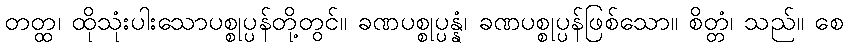
တတ္ထ၊ ထိုသုံးပါးသောပစ္စုပ္ပန်တို့တွင်။ ခဏပစ္စုပ္ပန္နံ၊ ခဏပစ္စုပ္ပန်ဖြစ်သော။ စိတ္တံ၊ သည်။ စေ